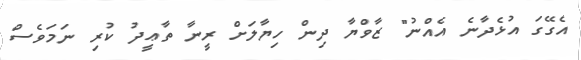
އެގޭގަ އުޅެދާނެ އެއްނު" ޒާވްޔާ ދިން ހިޔާލަށް ރީނާ ތާޢީދު ކުރި ނަމަވެސް